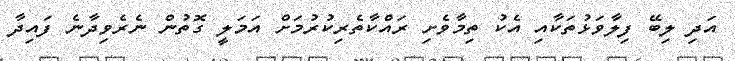
އަދި ލިބޭ ފިލާވަޅުތަކާއި އެކު ތިމާވެށި ރައްކާތެރިކުރުމަށް އަމަލީ ގޮތުން ނެރެވިދާނެ ފައިދާ